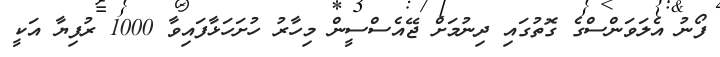
ފޯނު އެލަވަންސްގެ ގޮތުގައި ދިނުމަށް ޖޭއެސްސީން މިހާރު ހުށަހަޅާފައިވާ 1000 ރުފިޔާ އަކީ